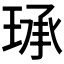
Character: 𮴤